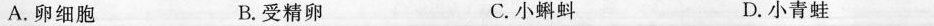
A.卵细胞 B.受精卵 C.小蝌蚪 D.小青蛙